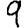
Digit: 9